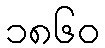
၁၈၆၀